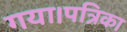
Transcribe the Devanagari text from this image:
गया।पत्रिका